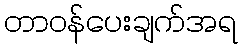
တာဝန်ပေးချက်အရ